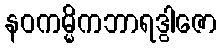
နဝကမ္မိကဘာရဒွါဇော